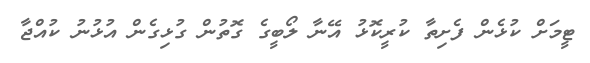
ޓީމަށް ކުޅެން ފެށިތާ ކުރީކޮޅު އޭނާ ލޯބީގެ ގޮތުން ގުޅިގެން އުޅުނު ކުއްޖާ